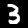
Digit: 3